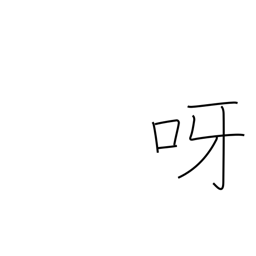
Meaning: bare one's teeth